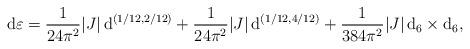
LaTeX: \begin{align*}\mathrm{d}\varepsilon = \frac{1}{24\pi^2} |J| \, \mathrm{d}^{(1/12,2/12)} + \frac{1}{24\pi^2} |J| \, \mathrm{d}^{(1/12,4/12)} + \frac{1}{384\pi^2} |J| \, \mathrm{d}_6 \times \mathrm{d}_6,\end{align*}